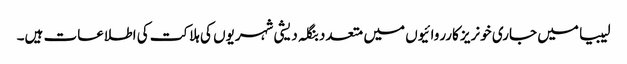
لیبیا میں جاری خونریز کارروائیوں میں متعدد بنگلہ دیشی شہریوں کی ہلاکت کی اطلاعات ہیں۔